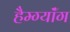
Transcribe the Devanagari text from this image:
हैम्ग्यॉंग